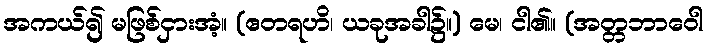
အကယ်၍ မဖြစ်ငှားအံ့။ (ဧတရဟိ၊ ယခုအခါ၌။) မေ၊ ငါ၏။ (အတ္တဘာဝေါ